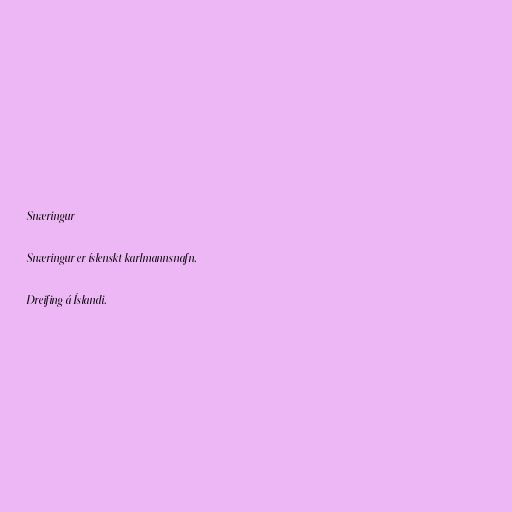
Snæringur

Snæringur er íslenskt karlmannsnafn.

Dreifing á Íslandi.